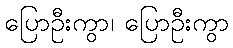
ပြောဦးကွာ၊ ပြောဦးကွာ